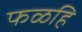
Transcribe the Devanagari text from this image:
फळहि